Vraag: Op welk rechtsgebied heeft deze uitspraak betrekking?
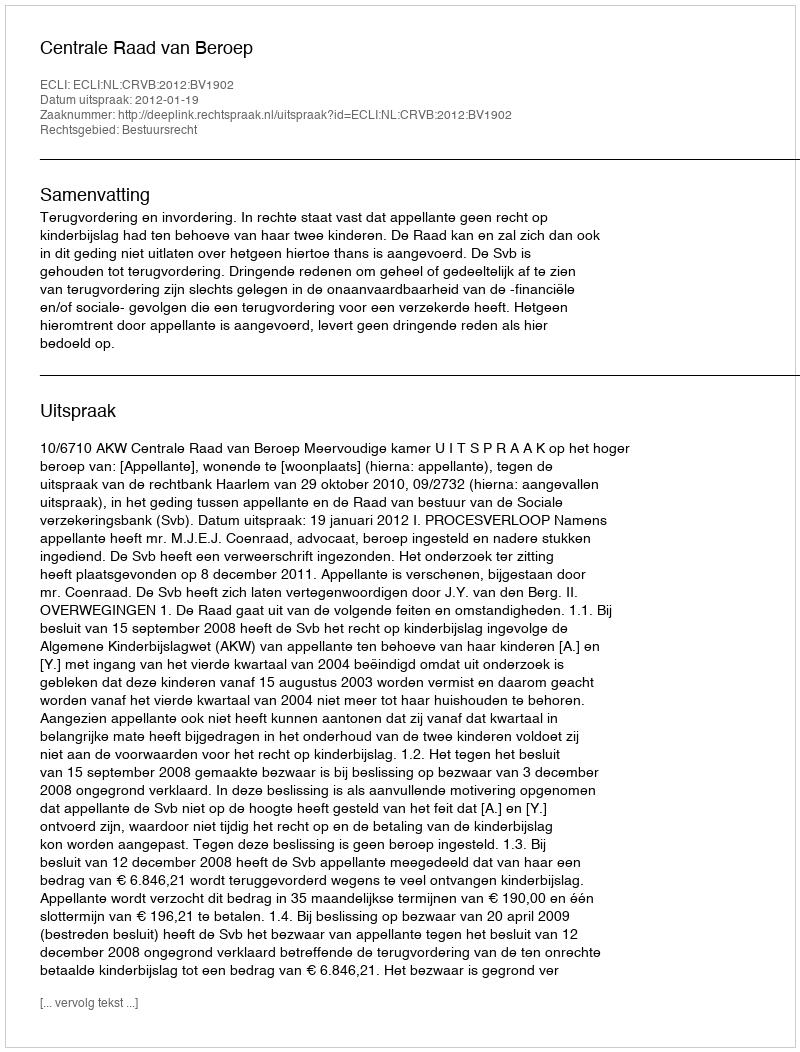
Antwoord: Bestuursrecht